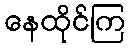
နေထိုင်ကြ